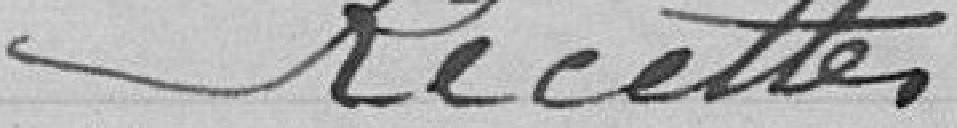
Recettes